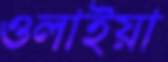
ওলাইয়া